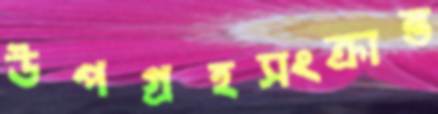
উপগ্রহসংক্রান্ত